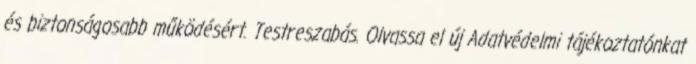
és biztonságosabb működésért. Testreszabás. Olvassa el új Adatvédelmi tájékoztatónkat